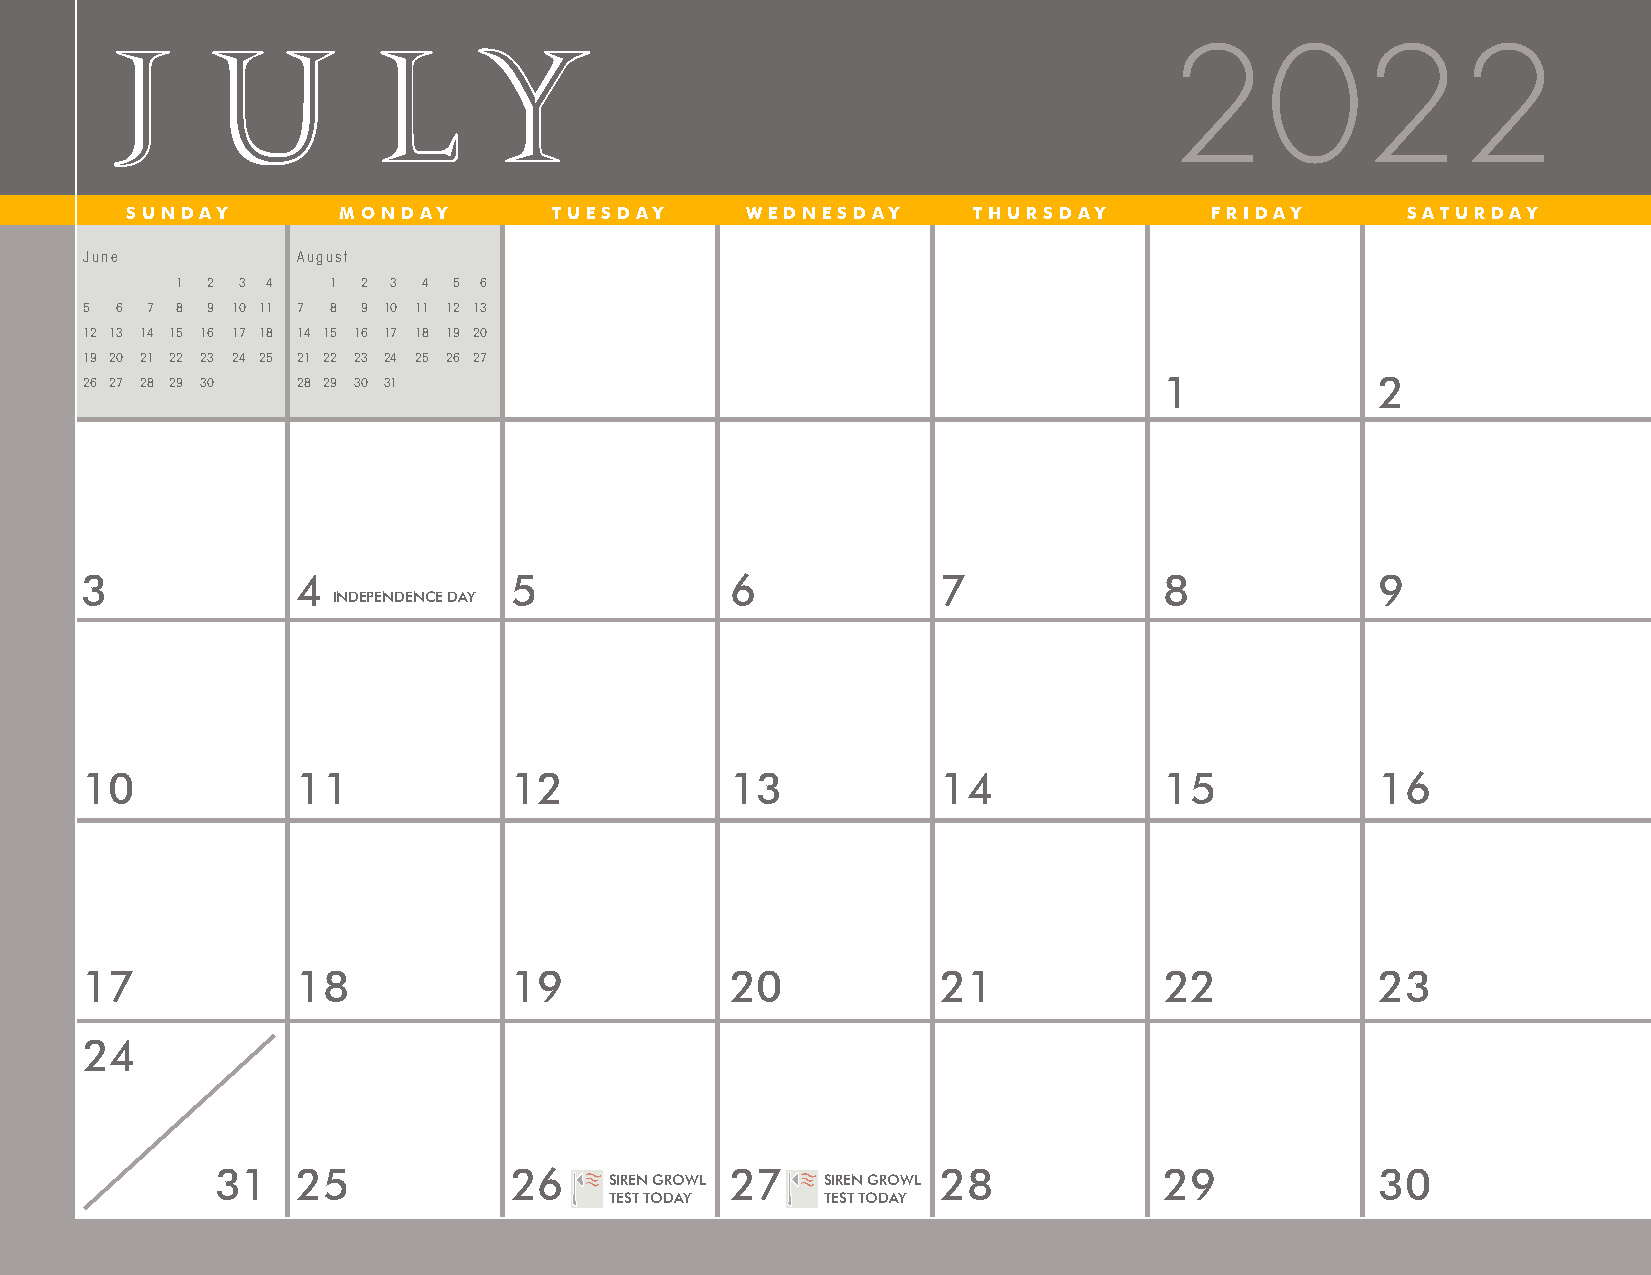
J     U          L      Y
 2022
 SUNDAY         MONDAY        TUESDAY     WEDNESDAY       THURSDAY       FRIDAY       SATURDAY
 June          August
 1 2 3 4   1 2 3 4 5 6
 5 6 7 8 9 10 11 7 8 9 10 11 12 13
 12 13 14 15 16 17 18 14 15 16 17 18 19 20
 19 20 21 22 23 24 25 21 22 23 24 25 26 27
 26 2 7 28 29 30 28 29 30 31                                            1             2
 3              4             5             6             7              8             9
 INDEPENDENCE DAY
 10             11            12            13            14             15            16
 17            18            19            20            21             22            23
 24
 31    25            26            27            28             29            30
 SIREN GROWL    SIREN GROWL
 TEST TODAY     TEST TODAY